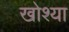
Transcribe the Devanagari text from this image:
खोश्या